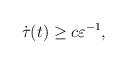
LaTeX: \begin{align*}\dot{\tau}(t) \geq c\varepsilon^{-1},\end{align*}